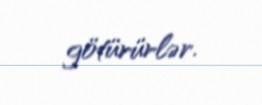
götürürlər.